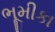
ભૂમીકા